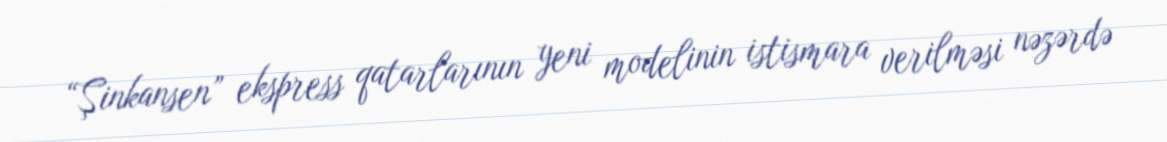
“Şinkansen” ekspress qatarlarının yeni modelinin istismara verilməsi nəzərdə